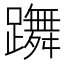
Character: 躌